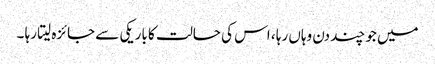
میں جو چند دن وہاں رہا ، اس کی حالت کا باریکی سے جائزہ لیتا رہا ۔